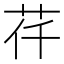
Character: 𦭛